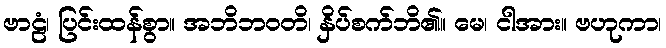
ဗာဠံ၊ ပြင်းထန်စွာ။ အဘိဘဝတိ၊ နှိပ်စက်ဘိ၏။ မေ၊ ငါအား။ ဗဟုကာ၊